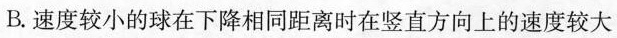
B.速度较小的球在下降相同距离时在竖直方向上的速度较大